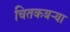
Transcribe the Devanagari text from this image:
चितकबऱ्या